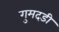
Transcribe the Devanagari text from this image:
गुमदडी